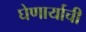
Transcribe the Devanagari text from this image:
घेणार्याची